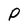
Character: P